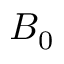
B _ { 0 }